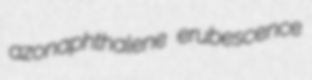
azonaphthalene erubescence